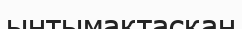
ынтымақтасқан